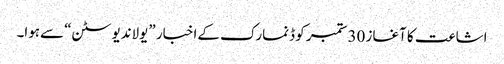
اشاعت کا آغاز 30ستمبر کو ڈنمارک کےاخبار ”یولاندیوسٹن“ سےہوا۔